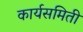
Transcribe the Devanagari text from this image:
कार्यसमिती